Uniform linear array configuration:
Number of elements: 4
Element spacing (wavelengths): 0.25
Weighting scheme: cosine
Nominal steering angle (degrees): -45
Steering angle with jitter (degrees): -43.271
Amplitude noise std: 0.05
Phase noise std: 0.05

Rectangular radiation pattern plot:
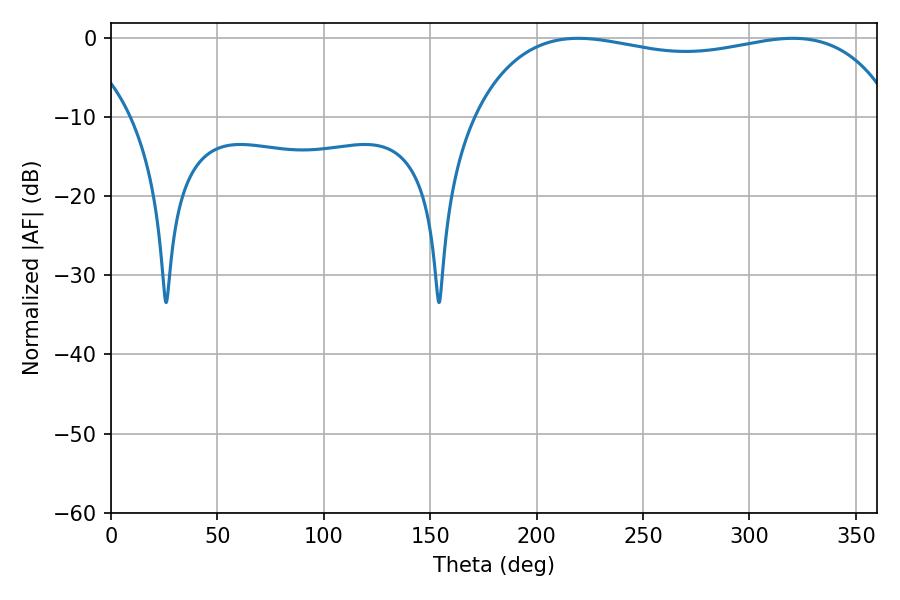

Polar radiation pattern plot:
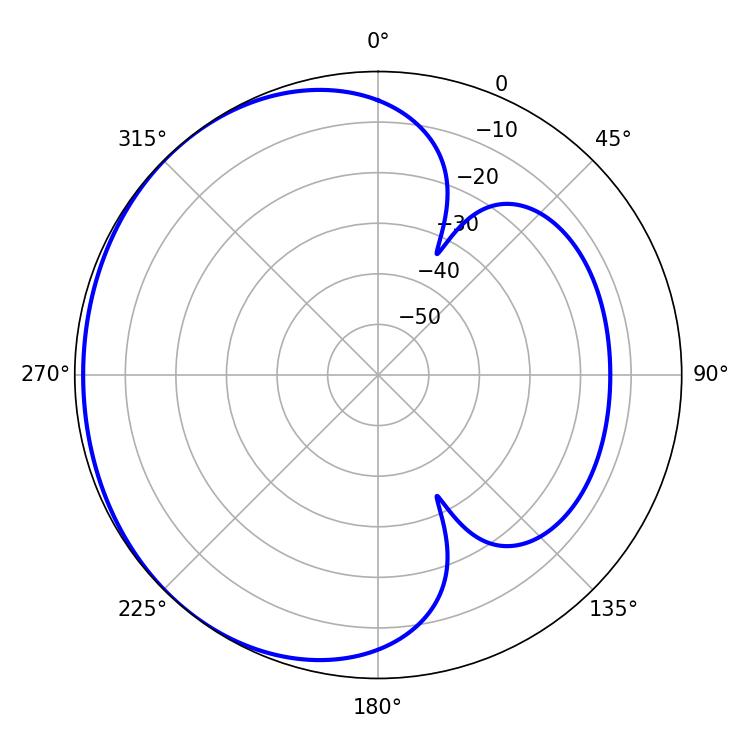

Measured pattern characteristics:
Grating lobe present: FALSE
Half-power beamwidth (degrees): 161.64
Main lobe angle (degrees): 219.6